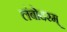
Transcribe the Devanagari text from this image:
लंबोदरम्